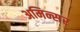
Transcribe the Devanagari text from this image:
अमिन्सर